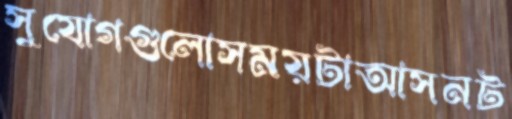
সুযোগগুলোসময়টাআসনট